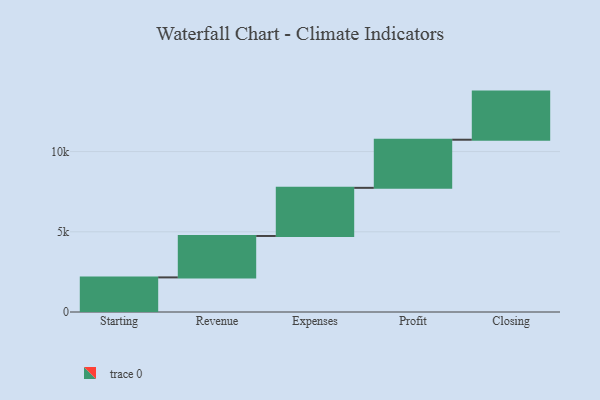
{"axis": {"x": "Step", "y": "Value"}, "legend": [""], "data": [{"x": "Starting", "y": 2157.0, "type": ""}, {"x": "Revenue", "y": 2583.0, "type": ""}, {"x": "Expenses", "y": 3000, "type": ""}, {"x": "Profit", "y": 3000, "type": ""}, {"x": "Closing", "y": 3000, "type": ""}]}